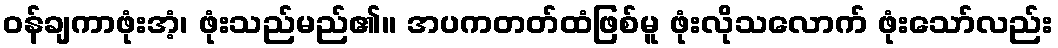
ဝန်ချကာဖုံးအံ့၊ ဖုံးသည်မည်၏။ အပကတတ်ထံဖြစ်မူ ဖုံးလိုသလောက် ဖုံးသော်လည်း